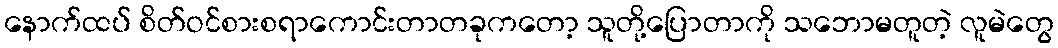
နောက်ထပ် စိတ်ဝင်စားစရာကောင်းတာတခုကတော့ သူတို့ပြောတာကို သဘောမတူတဲ့ လူမဲတွေ